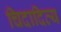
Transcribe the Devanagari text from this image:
चिदादित्य